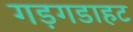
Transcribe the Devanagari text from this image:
गड़गडाहट